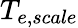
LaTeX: T_{e,scale}